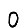
Digit: 0